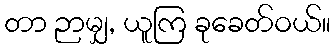
တာ ဉာမျှ, ယူကြ ခုခေတ်ဝယ်။